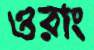
ওরাং